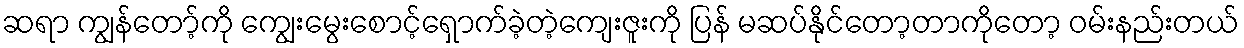
ဆရာ ကျွန်တော့်ကို ကျွေးမွေးစောင့်ရှောက်ခဲ့တဲ့ကျေးဇူးကို ပြန် မဆပ်နိုင်တော့တာကိုတော့ ဝမ်းနည်းတယ်